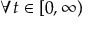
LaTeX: \forall t \in [ 0 , \infty )